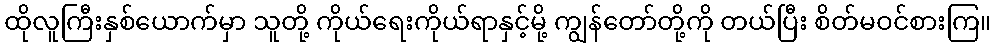
ထိုလူကြီးနှစ်ယောက်မှာ သူတို့ ကိုယ်ရေးကိုယ်ရာနှင့်မို့ ကျွန်တော်တို့ကို တယ်ပြီး စိတ်မဝင်စားကြ။